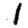
Digit: 1